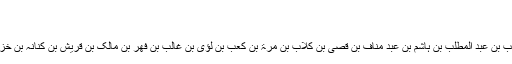
میرا سلام میرے بیٹے کو پہنچانا
208 مشاہدہ
آپ کا مکمل تعارف محمد بن علی بن حسین بن علی بن ابیطالب بن عبد المطلب بن ہاشم بن عبد مناف بن قصی بن کلاب بن مرۃ بن کعب بن لؤی بن غالب بن فھر بن مالک بن قریش بن کنانہ بن خزیمہ بن مدرکہ بن الیاس بن مضر بن نزار معد بن عدنان ہے ۔